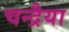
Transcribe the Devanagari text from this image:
चन्द्रैया